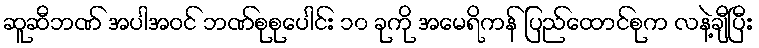
ဆူဆီဘဏ် အပါအဝင် ဘဏ်စုစုပေါင်း ၁၀ ခုကို အမေရိကန် ပြည်ထောင်စုက လနဲ့ချီပြီး